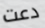
دعت